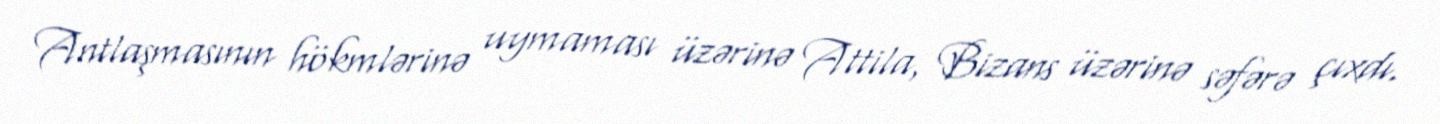
Antlaşmasının hökmlərinə uymaması üzərinə Attila, Bizans üzərinə səfərə çıxdı.